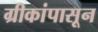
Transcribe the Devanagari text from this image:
ग्रीकांपासून